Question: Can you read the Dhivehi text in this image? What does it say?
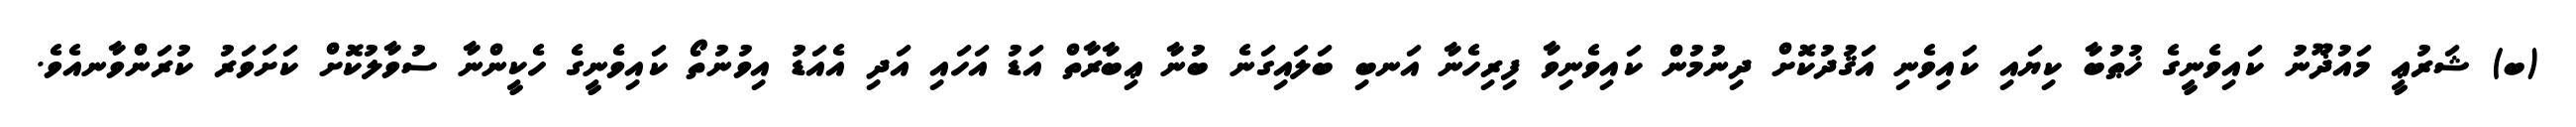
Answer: (ބ) ޝަރުޢީ މައުޛޫނު ކައިވެނީގެ ޚުޠުބާ ކިޔައި ކައިވެނި އަޤުދުކޮށް ދިނުމުން ކައިވެނިވާ ފިރިހެނާ އަނބި ބަލައިގަނެ ބުނާ ޢިބާރާތް އަޑު އަހައި އަދި އެއަޑު އިވުނުތޯ ކައިވެނީގެ ހެކީންނާ ސުވާލުކޮށް ކަށަވަރު ކުރަންވާނއެވެ.